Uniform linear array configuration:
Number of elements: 48
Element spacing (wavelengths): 1
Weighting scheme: uniform
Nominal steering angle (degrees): -60
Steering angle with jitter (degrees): -58.847
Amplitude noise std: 0.05
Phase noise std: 0.05

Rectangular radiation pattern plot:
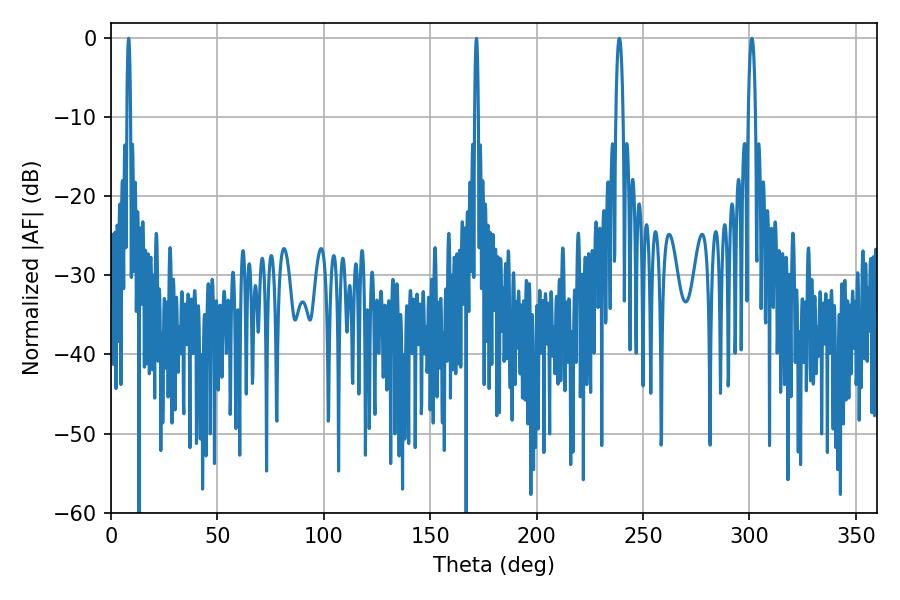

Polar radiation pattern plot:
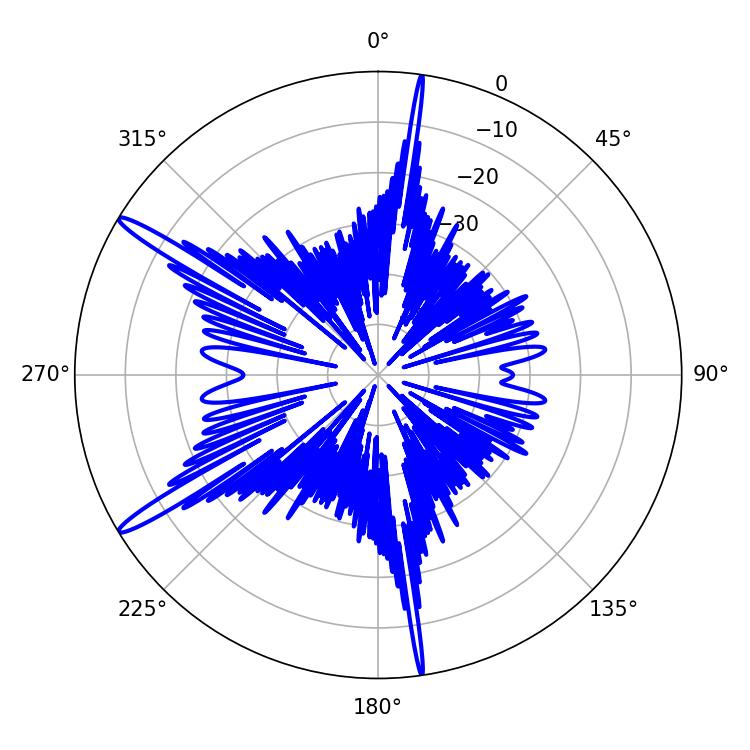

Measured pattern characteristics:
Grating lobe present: TRUE
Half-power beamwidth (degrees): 1.8
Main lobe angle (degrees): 238.86